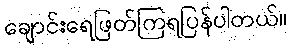
ချောင်းရေဖြတ်ကြရပြန်ပါတယ်။